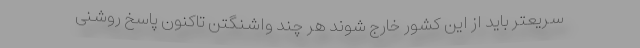
سریعتر باید از این کشور خارج شوند هر چند واشنگتن تاکنون پاسخ روشنی